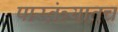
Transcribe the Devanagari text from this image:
पारतंत्र्यातच